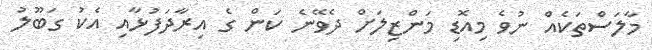
މާލަސްތަކެއް ނުވެ މިއޮޑި މަންޒިލަށް ދެވޭނެ ކަން ގެ އިރާދަފުޅާއި އެކު ގަބޫލު